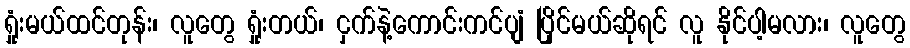
ရှုံးမယ်ထင်တုန်း၊ လူတွေ ရှုံးတယ်၊ ငှက်နဲ့ကောင်းကင်ပျံ ပြိုင်မယ်ဆိုရင် လူ နိုင်ပါ့မလား၊ လူတွေ